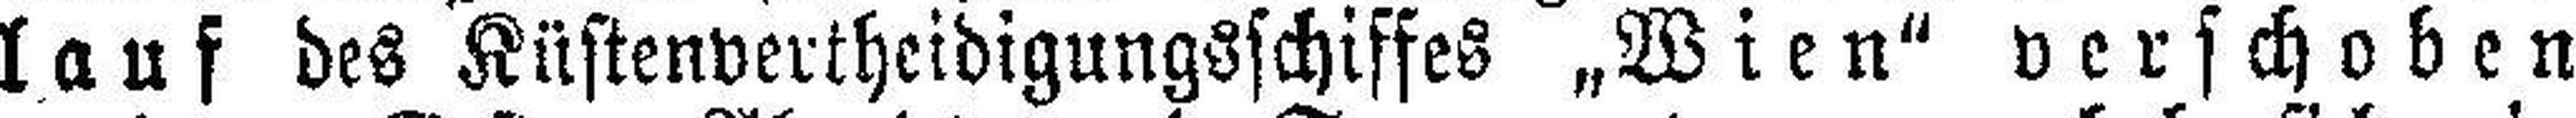
lauf des Küstenvertheidigungsschiffes „Wien“ verschoben